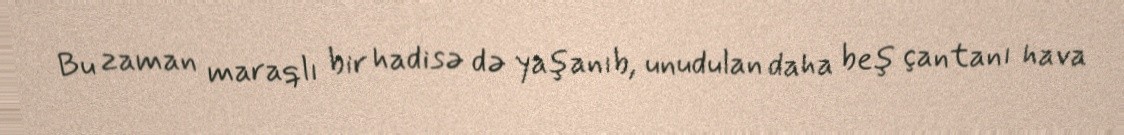
Bu zaman maraqlı bir hadisə də yaşanıb, unudulan daha beş çantanı hava